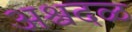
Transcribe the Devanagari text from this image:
अश्वदळ